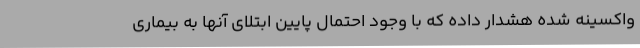
واکسینه شده هشدار داده که با وجود احتمال پایین ابتلای آنها به بیماری